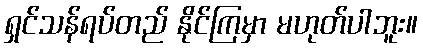
ရှင်သန်ရပ်တည် နိုင်ကြမှာ မဟုတ်ပါဘူး။